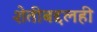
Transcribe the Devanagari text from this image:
शेतीबद्दलही